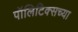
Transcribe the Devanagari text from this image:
पॉलिटिक्सच्या